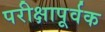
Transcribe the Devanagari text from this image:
परीक्षापूर्वक